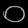
Digit: ၀